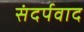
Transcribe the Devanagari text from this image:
संदर्पवाद